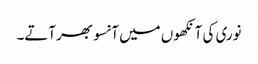
نوری کی آنکھوں میں آنسو بھرآتے۔